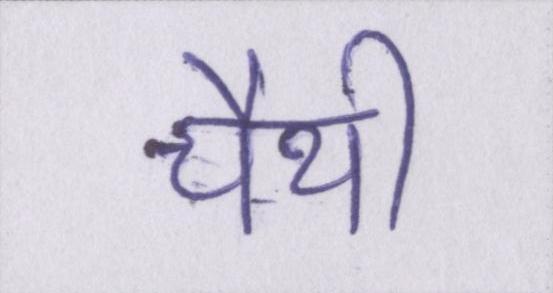
चैथी